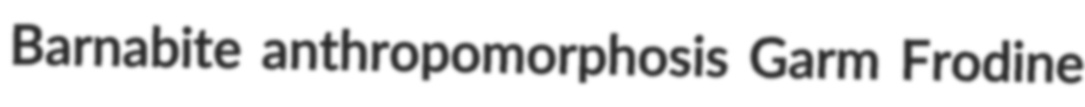
Barnabite anthropomorphosis Garm Frodine